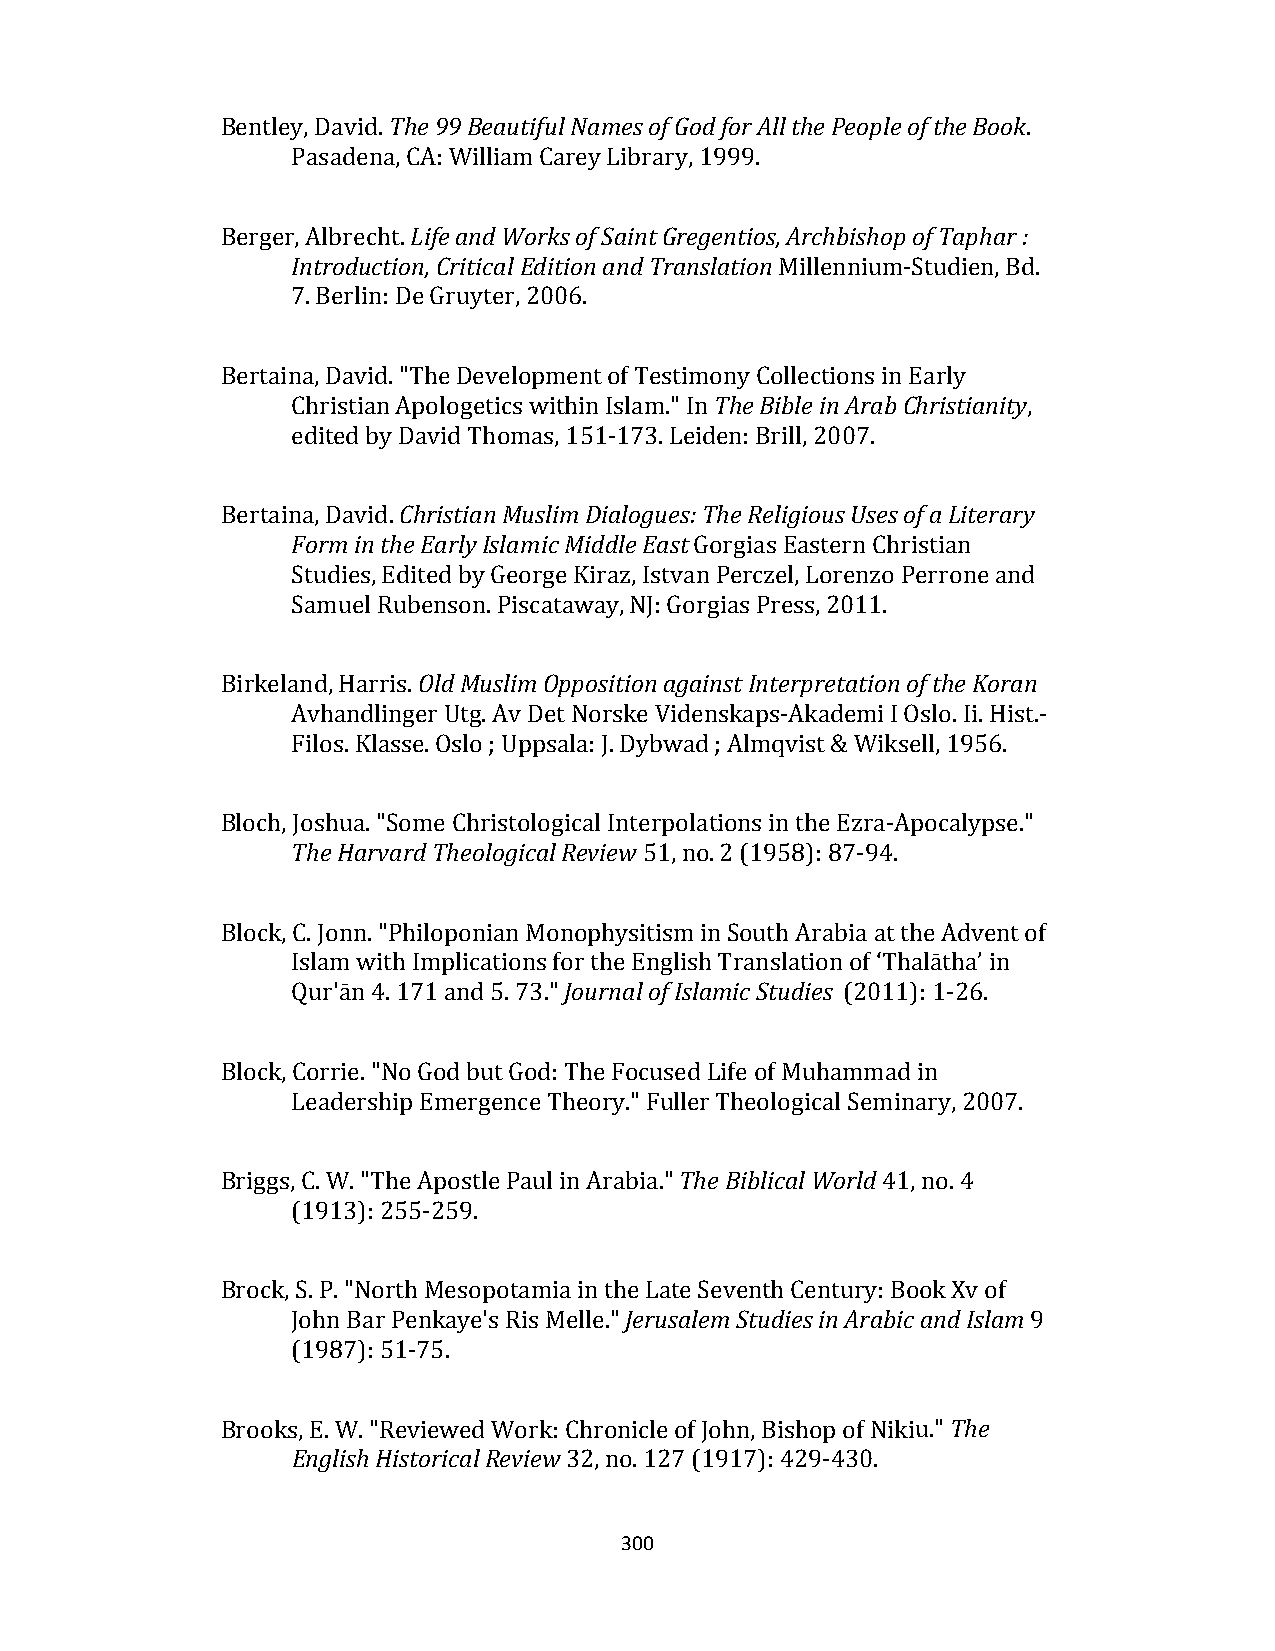
Bentley, David. The 99 Beautiful Names of God for All the People of the Book.
 Pasadena, CA: William Carey Library, 1999.
 Berger, Albrecht. Life and Works of Saint Gregentios, Archbishop of Taphar :
 Introduction, Critical Edition and Translation Millennium‐Studien, Bd.
 7. Berlin: De Gruyter, 2006.
 Bertaina, David. "The Development of Testimony Collections in Early
 Christian Apologetics within Islam." In The Bible in Arab Christianity,
 edited by David Thomas, 151‐173. Leiden: Brill, 2007.
 Bertaina, David. Christian Muslim Dialogues: The Religious Uses of a Literary
 Form in the Early Islamic Middle East Gorgias Eastern Christian
 Studies, Edited by George Kiraz, Istvan Perczel, Lorenzo Perrone and
 Samuel Rubenson. Piscataway, NJ: Gorgias Press, 2011.
 Birkeland, Harris. Old Muslim Opposition against Interpretation of the Koran
 Avhandlinger Utg. Av Det Norske Videnskaps‐Akademi I Oslo. Ii. Hist.‐
 Filos. Klasse. Oslo ; Uppsala: J. Dybwad ; Almqvist & Wiksell, 1956.
 Bloch, Joshua. "Some Christological Interpolations in the Ezra‐Apocalypse."
 The Harvard Theological Review 51, no. 2 (1958): 87‐94.
 Block, C. Jonn. "Philoponian Monophysitism in South Arabia at the Advent of
 Islam with Implications for the English Translation of ‘Thalātha’ in
 Qur'ān 4. 171 and 5. 73." Journal of Islamic Studies (2011): 1‐26.
 Block, Corrie. "No God but God: The Focused Life of Muhammad in
 Leadership Emergence Theory." Fuller Theological Seminary, 2007.
 Briggs, C. W. "The Apostle Paul in Arabia." The Biblical World 41, no. 4
 (1913): 255‐259.
 Brock, S. P. "North Mesopotamia in the Late Seventh Century: Book Xv of
 John Bar Penkaye's Ris Melle." Jerusalem Studies in Arabic and Islam 9
 (1987): 51‐75.
 Brooks, E. W. "Reviewed Work: Chronicle of John, Bishop of Nikiu." The
 English Historical Review 32, no. 127 (1917): 429‐430.
 300